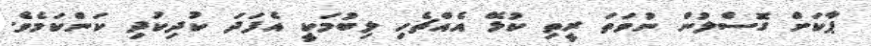
ޕާކަށް ގޮސްލުން ނުވަތަ ރީތި ކުޅޭ އެއްޗެހި ލިބުމަކީ އެފަދަ ކުދިކުދި ކަންކަމެވެ.